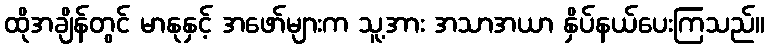
ထိုအချိန်တွင် မာနုနှင့် အဖော်များက သူ့အား အသာအယာ နှိပ်နယ်ပေးကြသည်။